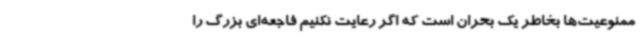
ممنوعیت‌ها بخاطر یک بحران است که اگر رعایت نکنیم فاجعه‌ای بزرگ را